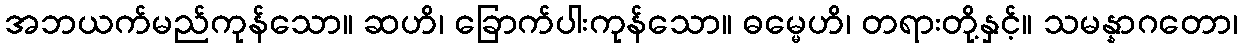
အဘယက်မည်ကုန်သော။ ဆဟိ၊ ခြောက်ပါးကုန်သော။ ဓမ္မေဟိ၊ တရားတို့နှင့်။ သမန္နာဂတော၊